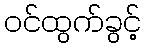
ဝင်ထွက်ခွင့်